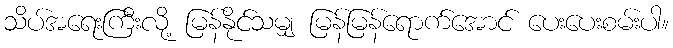
သိပ်အရေးကြီးလို့ မြန်နိုင်သမျှ မြန်မြန်ရောက်အောင် ပေးပေးစမ်းပါ။